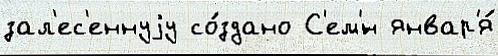
зал'ес'еннуjу со́здано С'ем'́н январ'я́